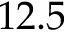
1 2 . 5